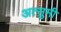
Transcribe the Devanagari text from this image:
अत्सुमी